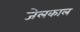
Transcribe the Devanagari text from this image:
जेलकाल